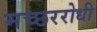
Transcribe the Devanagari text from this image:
मच्छररोधी